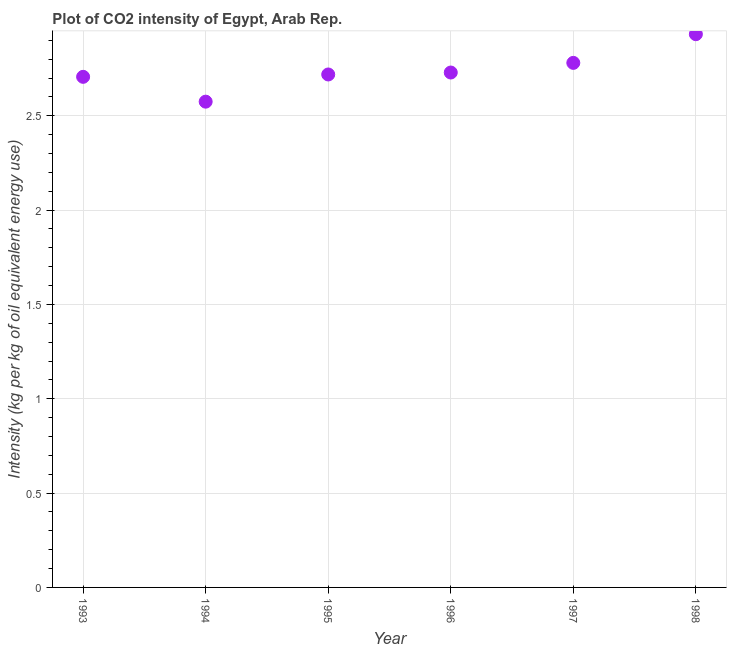
| Year | CO2 intensity |
 | --- | --- |
 | 1993 | 2.71 |
 | 1994 | 2.57 |
 | 1995 | 2.72 |
 | 1996 | 2.73 |
 | 1997 | 2.78 |
 | 1998 | 2.93 |